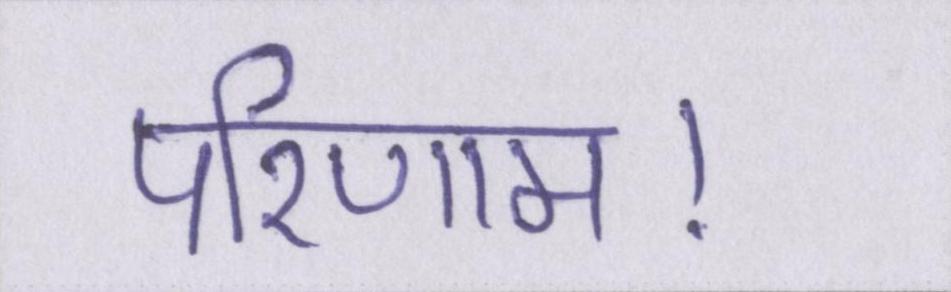
परिणाम।